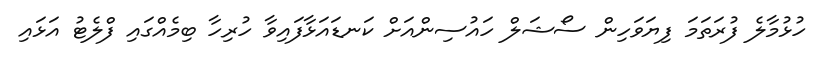
ހުޅުމާލެ ފުރަތަމަ ފިޔަވަހިން ސޯޝަލް ހައުސިންއަށް ކަނޑައަޅާފައިވާ ހުރިހާ ބިމެއްގައި ފްލެޓު އަޅައި